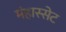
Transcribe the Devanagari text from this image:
मंहास्सेट